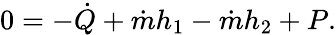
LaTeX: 0=-{\dot{Q}}+{\dot{m}}h_{1}-{\dot{m}}h_{2}+P.